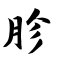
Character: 胗